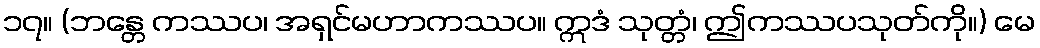
၁၇။ (ဘန္တေ ကဿပ၊ အရှင်မဟာကဿပ။ ဣဒံ သုတ္တံ၊ ဤကဿပသုတ်ကို။) မေ